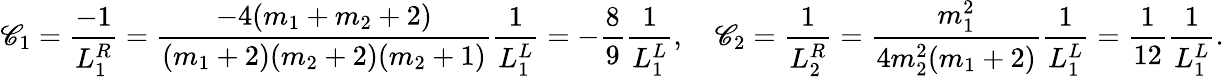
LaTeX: \mathscr{C}_{1}=\frac{{-1}}{{L_{1}^{R}}}=\frac{{-4(m_{1}+m_{2}+2)}}{{(m_{1}+2)(m_{2}+2)(m_{2}+1)}}\frac{{1}}{{L_{1}^{L}}}=-\frac{{8}}{{9}}\frac{{1}}{{L_{1}^{L}}},\quad\mathscr{C}_{2}=\frac{{1}}{{L_{2}^{R}}}=\frac{{m_{1}^{2}}}{{4m_{2}^{2}(m_{1}+2)}}\frac{{1}}{{L_{1}^{L}}}=\frac{{1}}{{12}}\frac{{1}}{{L_{1}^{L}}}.